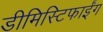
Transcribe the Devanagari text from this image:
डीमिस्टिफाईंग